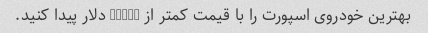
بهترین خودروی اسپورت را با قیمت کمتر از 30000 دلار پیدا کنید.